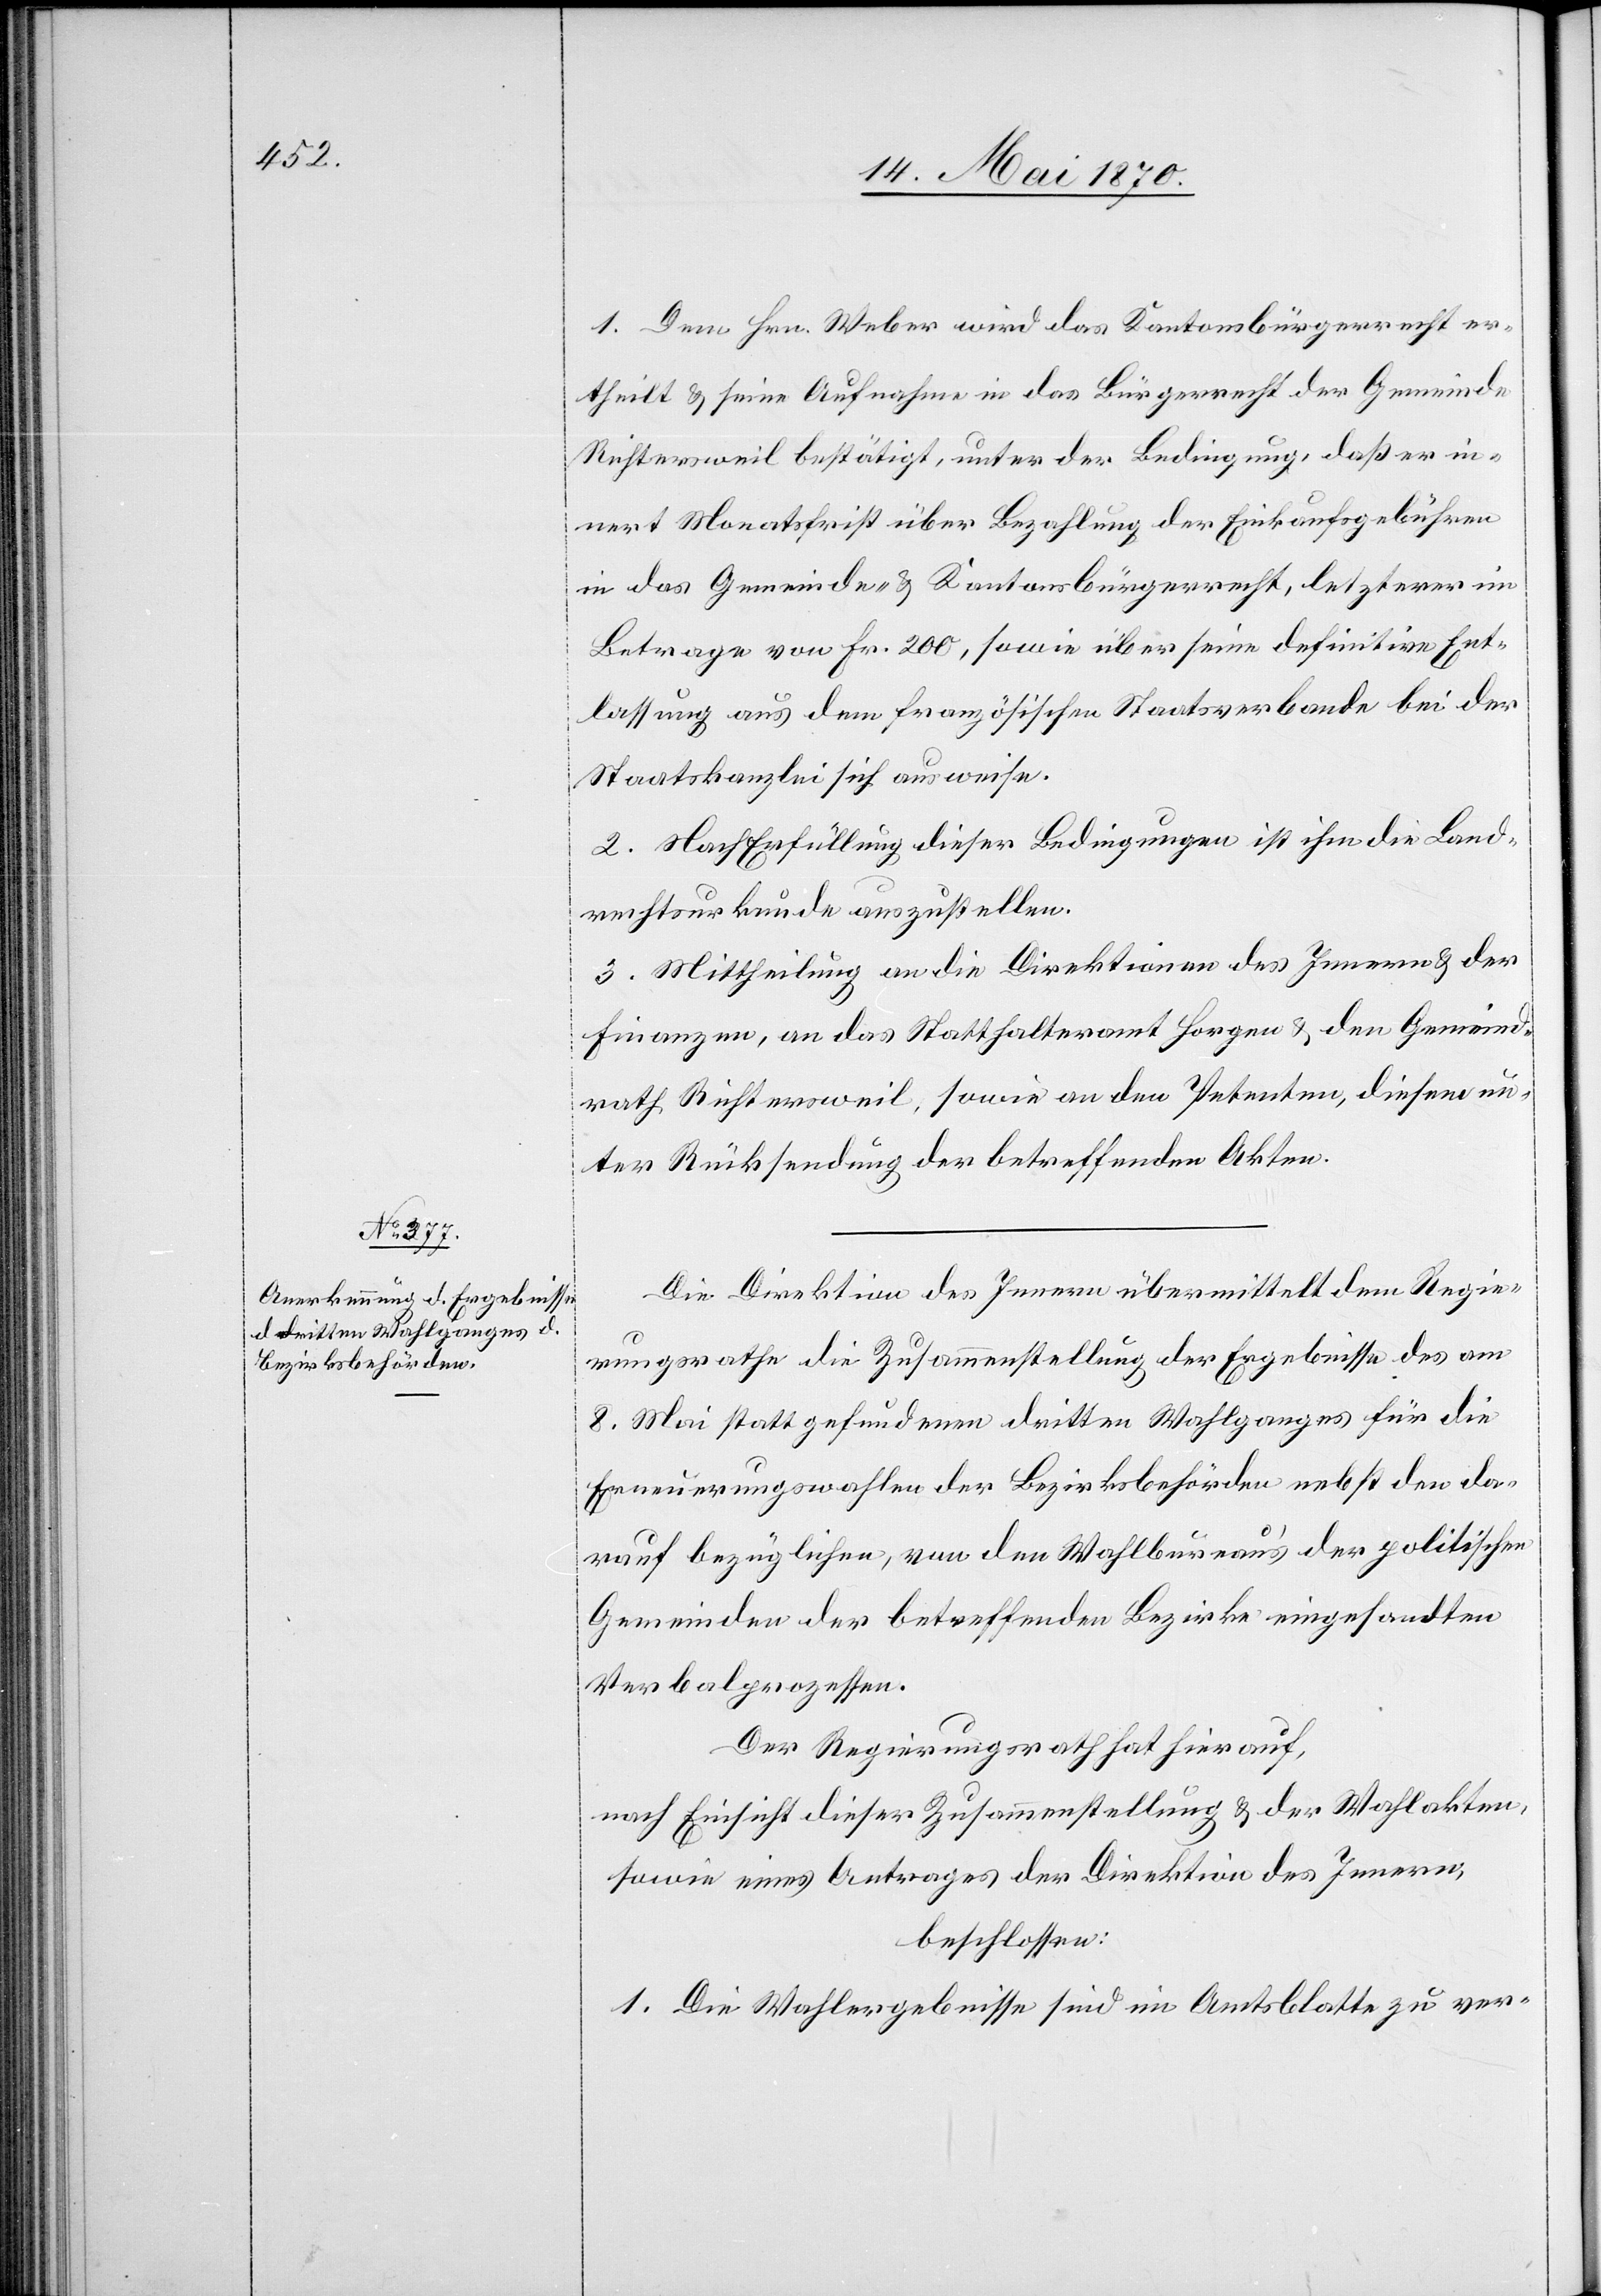
1. Dem Hrn. Weber wird das Kantonsbürgerrecht er¬
theilt & seine Aufnahme in das Bürgerrecht der Gemeinde
Richtersweil bestätigt, unter der Bedingung, daß er in¬
nert Monatsfrist über Bezahlung der Einkaufsgebühren
in das Gemeinde- & Kantonsbürgerrecht, letzterer im
Betrage von Fr. 200, sowie über seine definitive Ent¬
lassung aus dem französischen Staatsverbande bei der
Staatskanzlei sich ausweise.
2. Nach Erfüllung dieser Bedingungen ist ihm die Land¬
rechtsurkunde auszustellen.
3. Mittheilung an die Direktionen des Innern & der
Finanzen, an das Statthalteramt Horgen & dem Gemeind¬
rath Richtersweil, sowie an den Petenten, diesem un¬
ter Rücksendung der betreffenden Akten.
Die Direktion des Innern übermittelt dem Regie¬
rungsrathe die Zusammenstellung der Ergebnisse des am
8. Mai stattgefundenen dritten Wahlganges für die
Erneuerungswahlen der Bezirksbehörden nebst den da¬
rauf bezüglichen, von den Wahlbureaus der politischen
Gemeinden der betreffenden Bezirke eingesandten
Verbalprozessen.
Der Regierungsrath hat hierauf,
nach Einsicht dieser Zusammenstellung & der Wahlakten,
sowie eines Antrages der Direktion des Innern,
beschlossen:
1. Die Wahlergebnisse sind im Amtsblatt zu ver-